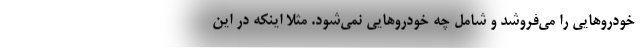
خودروهایی را می‌فروشد و شامل چه خودروهایی نمی‌شود. مثلا اینکه در این